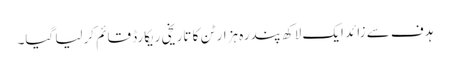
ہدف سے زائد ایک لاکھ پندرہ ہزار ٹن کا تاریخی ریکارڈ قائم کرلیا گیا۔